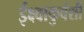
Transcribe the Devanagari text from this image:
ईक्ष्वाकुवंशी